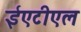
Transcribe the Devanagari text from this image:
ईएटीएल